Civil Veterinary Department Bihar reports 1940-50 - 1940-1950
Year: 1940
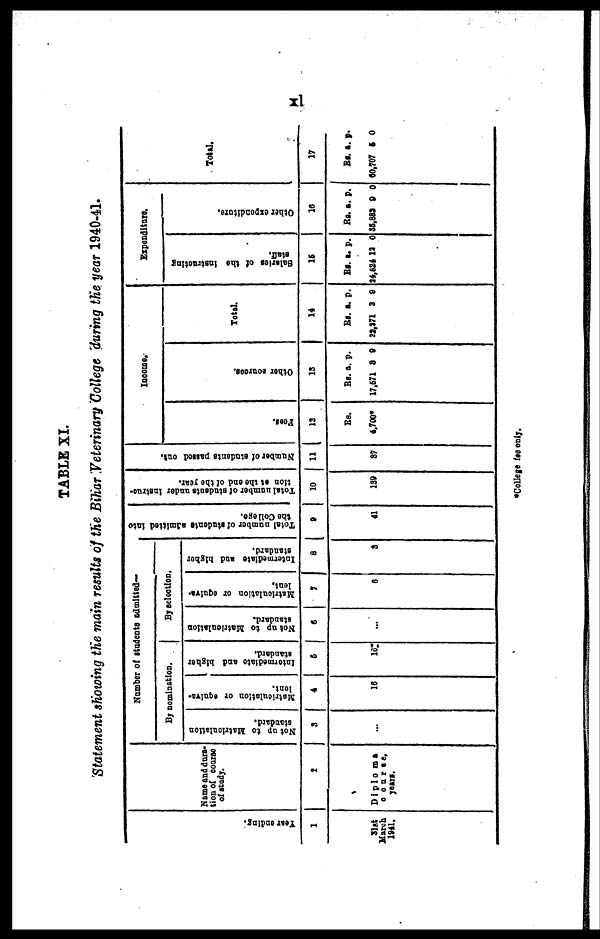
xi
TABLE XI.
Statement showing the main results of the Bihar Veterinary College during the year 1940-41.
Year ending.
1
31st
March
1941.
Name and dura-
tion of course
of study.
2
Di plo ma
course
years.
Number of students admitted—
by nomination.
Not up to Matriculation
standard.
3
...
Matriculation or equiva-
lont.
4
16
Intermediate and higher
standard.
5
16
By selection.
Not op to Matriculation
standard.
6
...
Matrioulation
or equiva-
lent.
7
6
Intermediate and hlgher
standard.
8
3
Total number of students admitted into
the College.
9
41
Total number of students under instruc-
tion at the end of the year.
10
139
Number of students passed out.
11
37
Income.
Fees.
12
Rs.
4,700
Ot her sources
.
13
Rs.
17,571
a.
8
p.
9
Tot
al.
14
Rs.
22,271
a.
3
p.
9
Expenditure.
Salaries of the instructing
staff.
15
Rs.
24,824
a.
13
p.
0
Other expenditure.
16
Rs.
38.883
a.
9
p.
0
Total.
17
Rs.
60,707
a.
5
p.
0
College fee only.